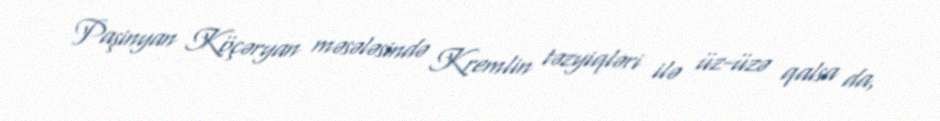
Paşinyan Köçəryan məsələsində Kremlin təzyiqləri ilə üz-üzə qalsa da,